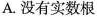
A.没有实数根